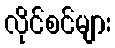
လိုင်စင်များ